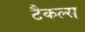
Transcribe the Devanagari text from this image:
टैकल्स